Scottish Leaving Certificate Examination, 1953
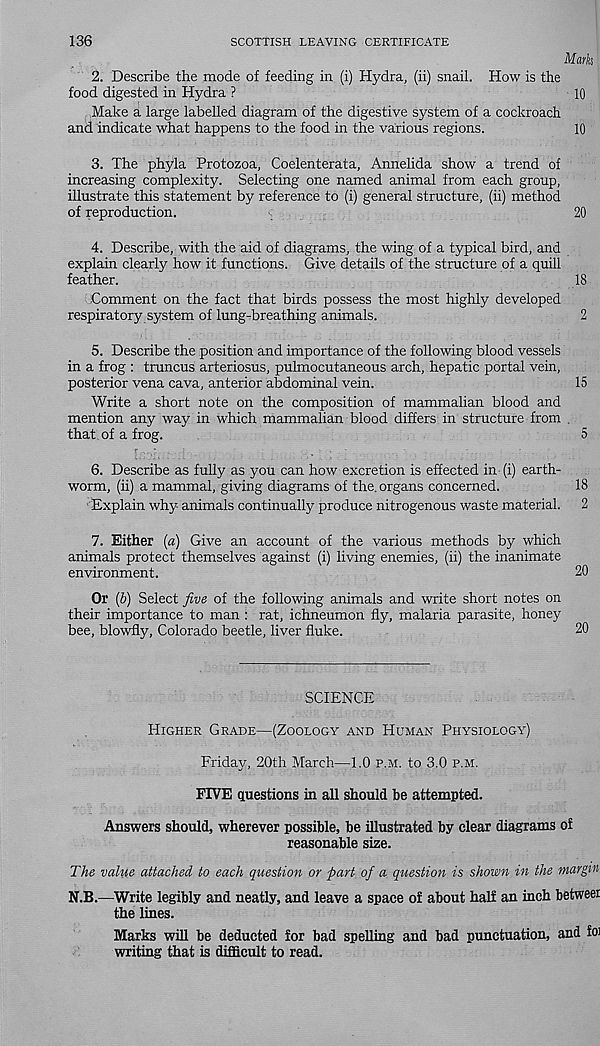
136
SCOTTISH LEAVING CERTIFICATE
Mark
2. Describe the mode of feeding in (i) Hydra, (ii) snail. How is the
food digested in Hydra ?
10
Make a large labelled diagram of the digestive system of a cockroach
and indicate what happens to the food in the various regions.
10
3. The phyla Protozoa, Coelenterata, Annelida show a trend of
increasing complexity. Selecting one named animal from each group,
illustrate this statement by reference to (i) general structure, (ii) method
of reproduction.
20
4. Describe, with the aid of diagrams, the wing of a typical bird, and
explain clearly how it functions. Give details of the structure of a quill
feather.
18
Comment on the fact that birds possess the most highly developed
respiratory system of lung-breathing animals.
2
5. Describe the position and importance of the following blood vessels
in a frog : truncus arteriosus, pulmocutaneous arch, hepatic portal vein,
posterior vena cava, anterior abdominal vein.
15
Write a short note on the composition of mammalian blood and
mention any way in which mammalian blood differs in structure from ,
that of a frog.
5
6. Describe as fully as you can how excretion is effected in (i) earth-
worm, (ii) a mammal, giving diagrams of the. organs concerned.
18
Explain why animals continually produce nitrogenous waste material. 2
7. Either (a) Give an account of the various methods by which
animals protect themselves against (i) living enemies, (ii) the inanimate
environment.
20
Or (b) Select five of the following animals and write short notes on
their importance to man : rat, ichneumon fly, malaria parasite, honey
bee, blowfly, Colorado beetle, liver fluke.
20
SCIENCE
Higher Grade—(Zoology and Human Physiology)
Friday, 20th March—1.0 p.m. to 3.0 p.m.
FIVE questions in all should be attempted.
Answers should, wherever possible, be illustrated by clear diagrams of
reasonable size.
The value attached to each question or part of a question is shown in the margin
N.B.—Write legibly and neatly, and leave a space of about half an inch betweer
the lines.
Marks will be deducted for bad spelling and bad punctuation, and foi
writing that is difficult to read.